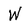
Character: W